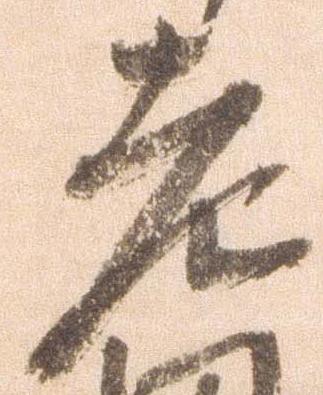
老